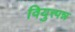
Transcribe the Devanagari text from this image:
वियुत्त्पन्न